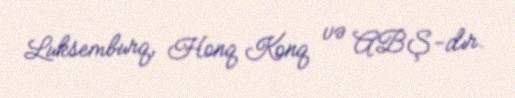
Luksemburq, Honq Konq və ABŞ-dır.